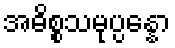
အဓိစ္စသမုပ္ပန္နော